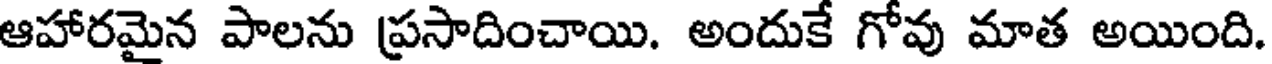
ఆహారమైన పాలను ప్రసాదించాయి. అందుకే గోవు మాత అయింది.